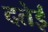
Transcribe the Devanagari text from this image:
दतेई